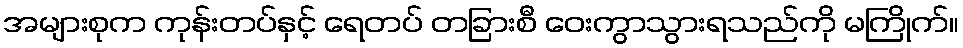
အများစုက ကုန်းတပ်နှင့် ရေတပ် တခြားစီ ဝေးကွာသွားရသည်ကို မကြိုက်။